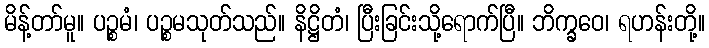
မိန့်တာ်မူ။ ပဉ္စမံ၊ ပဉ္စမသုတ်သည်။ နိဋ္ဌိတံ၊ ပြီးခြင်းသို့ရောက်ပြီ။ ဘိက္ခဝေ၊ ရဟန်းတို့။